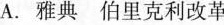
A.雅典伯里克利改革